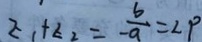
z _ { 1 } + z _ { 2 } = - \frac { b } { - a } = 2 p